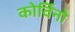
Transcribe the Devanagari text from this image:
कोर्विनो